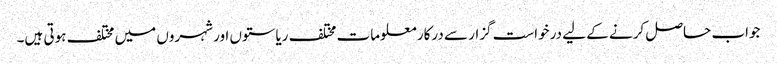
جواب حاصل کرنے کے لیے درخواست گزار سے درکار معلومات مختلف ریاستوں اور شہروں میں مختلف ہوتی ہیں۔